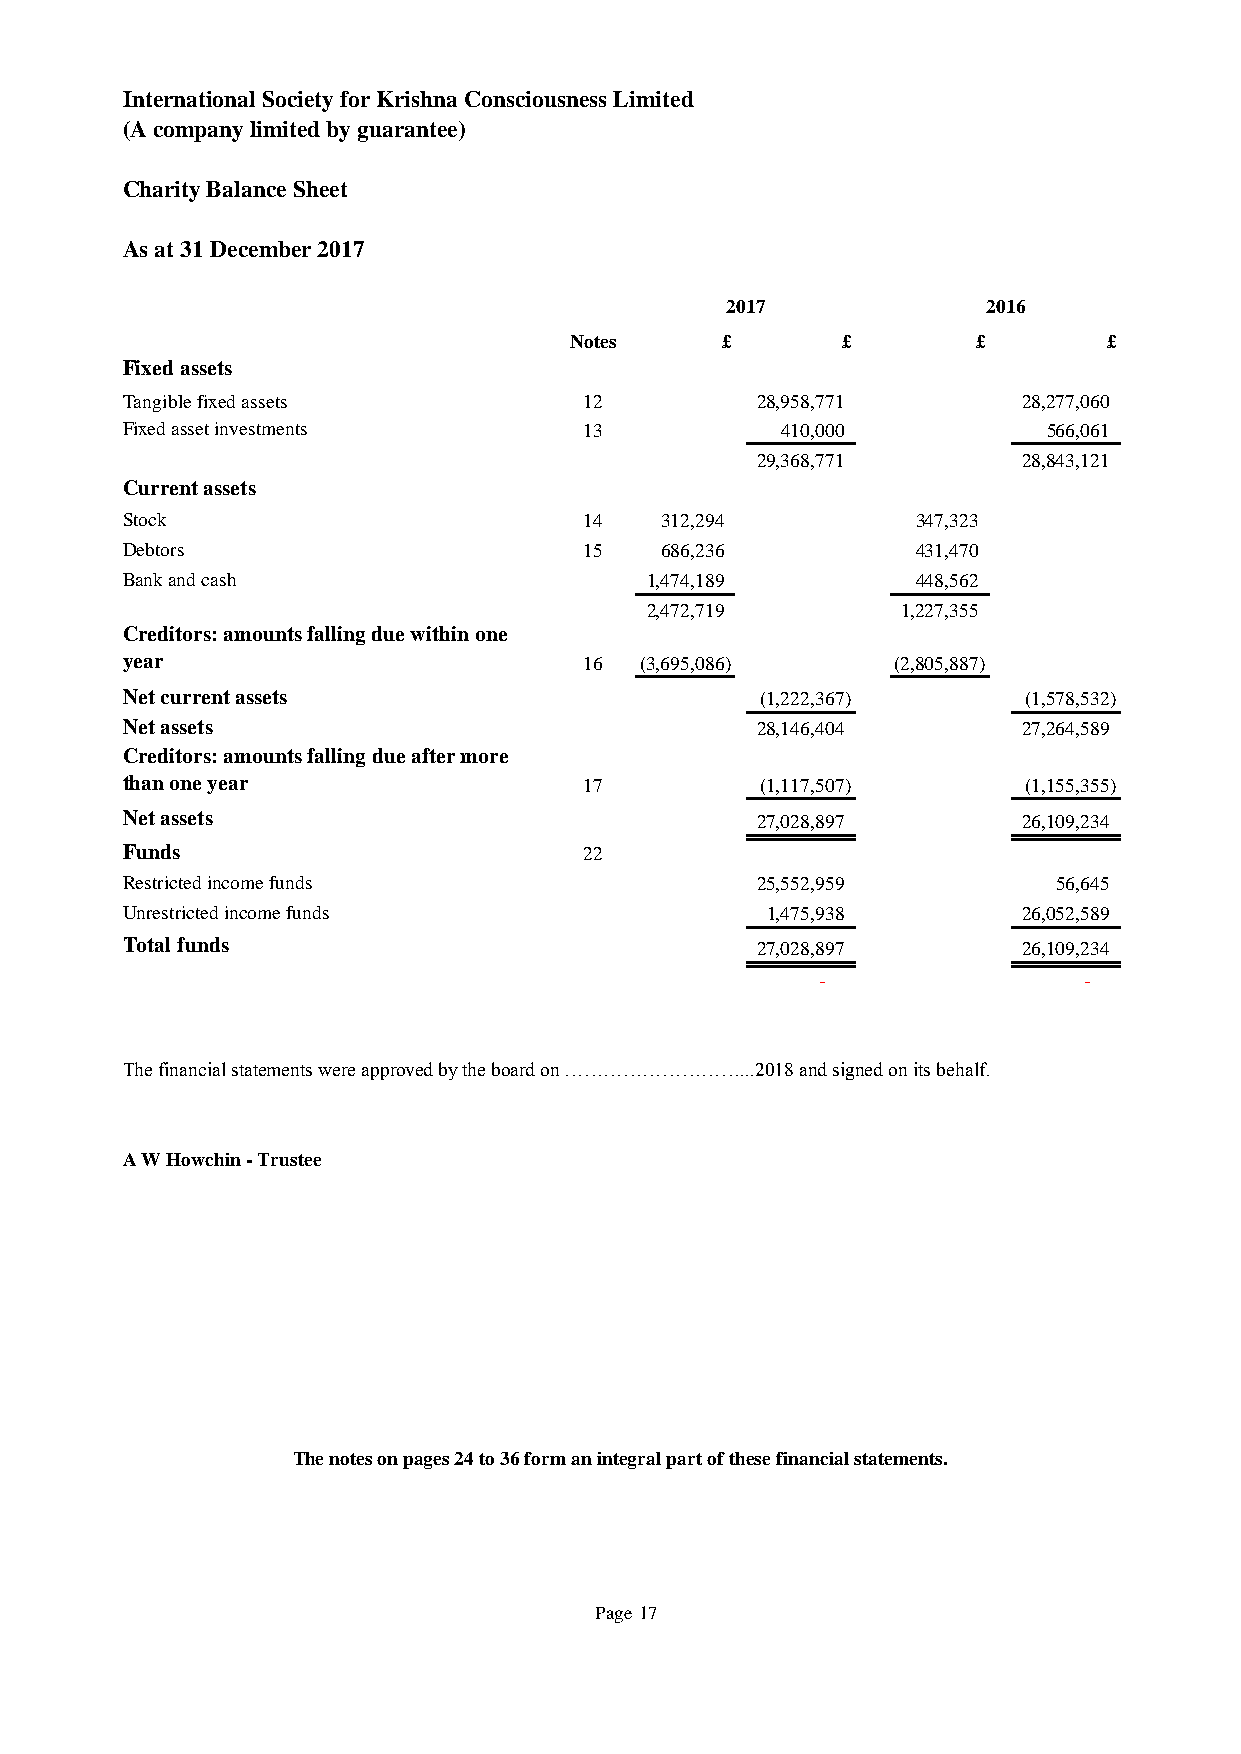
International Society for Krishna Consciousness Limited
 (A company limited by guarantee)
 Charity Balance Sheet
 As at 31 December 2017
 2017             2016
 Notes     £       £        £       £
 Fixed assets
 Tangible fixed assets          12         28,958,771        28,277,060
 Fixed asset investments        13           410,000          566,061
 29,368,771        28,843,121
 Current assets
 Stock                          14   312,294          347,323
 Debtors                        15   686,236          431,470
 Bank and cash                      1,474,189         448,562
 2,472,719        1,227,355
 Creditors: amounts falling due within one
 year                           16 (3,695,086)      (2,805,887)
 Net current assets                        (1,222,367)       (1,578,532)
 Net assets                                28,146,404        27,264,589
 Creditors: amounts falling due after more
 than one year                  17         (1,117,507)       (1,155,355)
 Net assets                                27,028,897        26,109,234
 Funds                          22
 Restricted income funds                   25,552,959          5 6,645
 Unrestricted income funds                  1,475,938        26,052,589
 Total funds                               27,028,897        26,109,234
 -                 -
 The financial statements were approved by the board on ………………………...2018 and signed on its behalf.
 A W Howchin - Trustee
 The notes on pages 24 to 36 form an integral part of these financial statements.
 Page 17